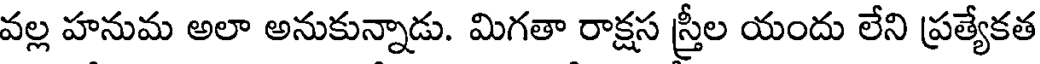
వల్ల హనుమ అలా అనుకున్నాడు. మిగతా రాక్షస స్త్రీల యందు లేని ప్రత్యేకత